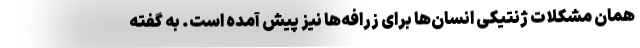
همان مشکلات ژنتیکی انسان‌ها برای زرافه‌ها نیز پیش آمده است. به گفته